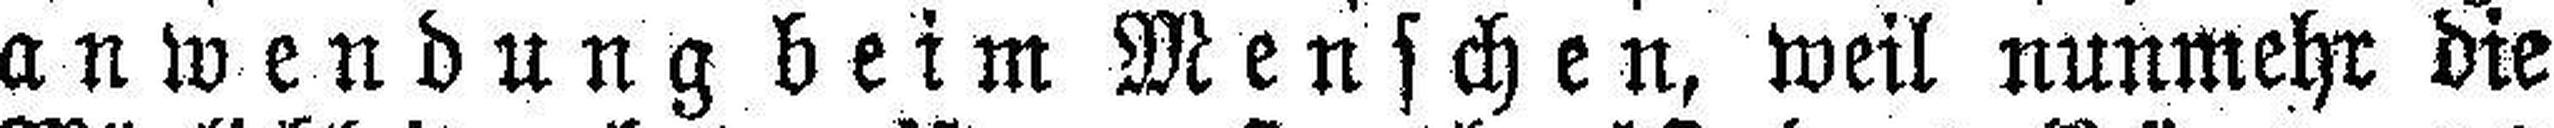
anwendung beim Menschen, weil nunmehr die